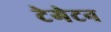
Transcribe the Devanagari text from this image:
टेगेटन